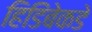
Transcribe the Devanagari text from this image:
हिडिंबेकडे